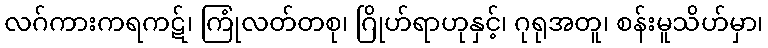
လဂ်ကားကရကဋ်၊ ကြုံလတ်တစု၊ ဂြိုဟ်ရာဟုနှင့်၊ ဂုရုအတူ၊ စန်းမူသိဟ်မှာ၊